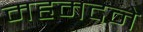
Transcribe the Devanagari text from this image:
महमदने